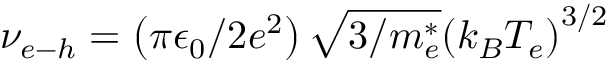
\nu _ { e - h } = \left( \pi \epsilon _ { 0 } / 2 e ^ { 2 } \right) \sqrt { 3 / m _ { e } ^ { * } } { ( k _ { B } { T _ { e } } ) } ^ { 3 / 2 }